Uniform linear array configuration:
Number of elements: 32
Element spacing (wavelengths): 0.25
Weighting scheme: exponential
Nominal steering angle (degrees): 45
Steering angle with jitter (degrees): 46.288
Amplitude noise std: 0.05
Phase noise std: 0.05

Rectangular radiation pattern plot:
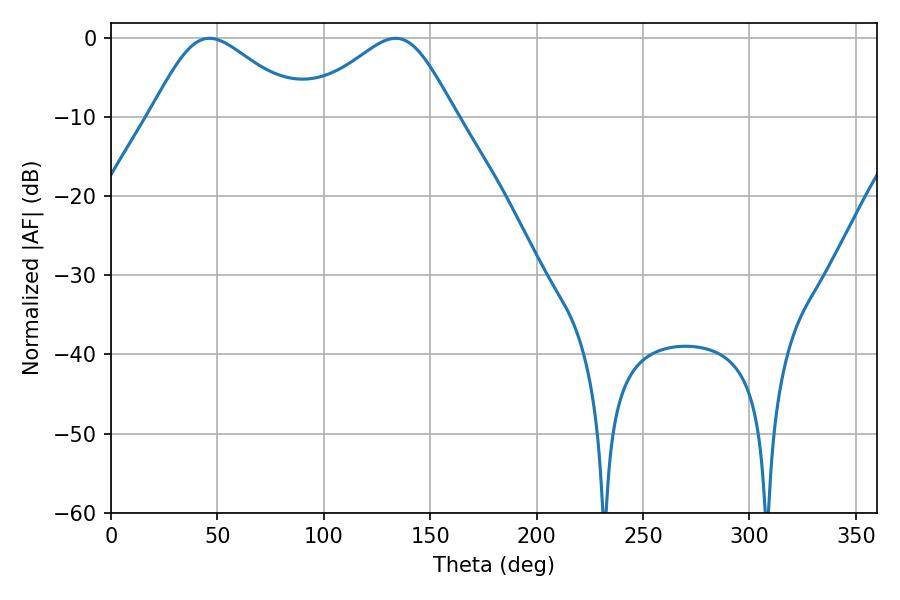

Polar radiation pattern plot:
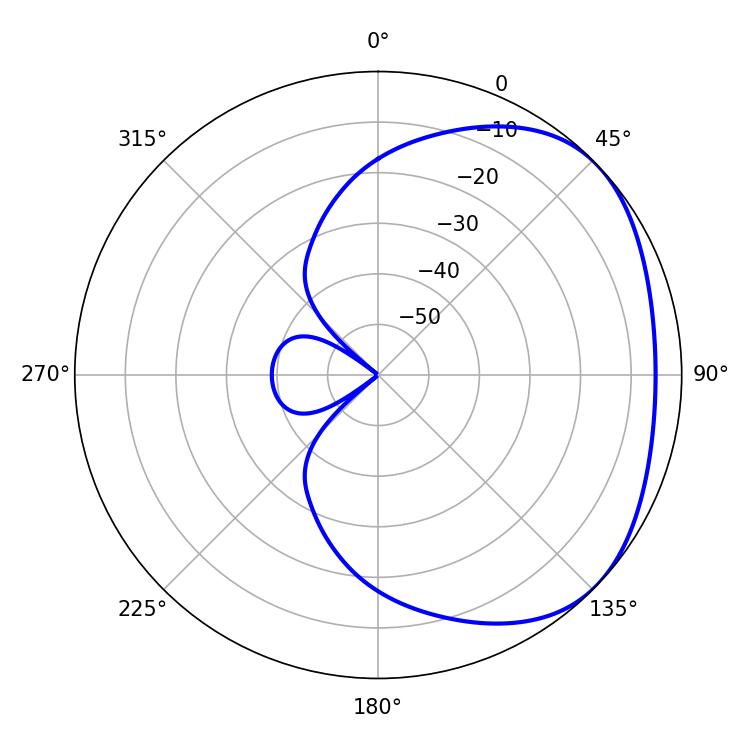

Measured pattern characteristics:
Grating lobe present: FALSE
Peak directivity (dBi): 2.696
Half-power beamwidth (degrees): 35.64
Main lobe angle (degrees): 46.26